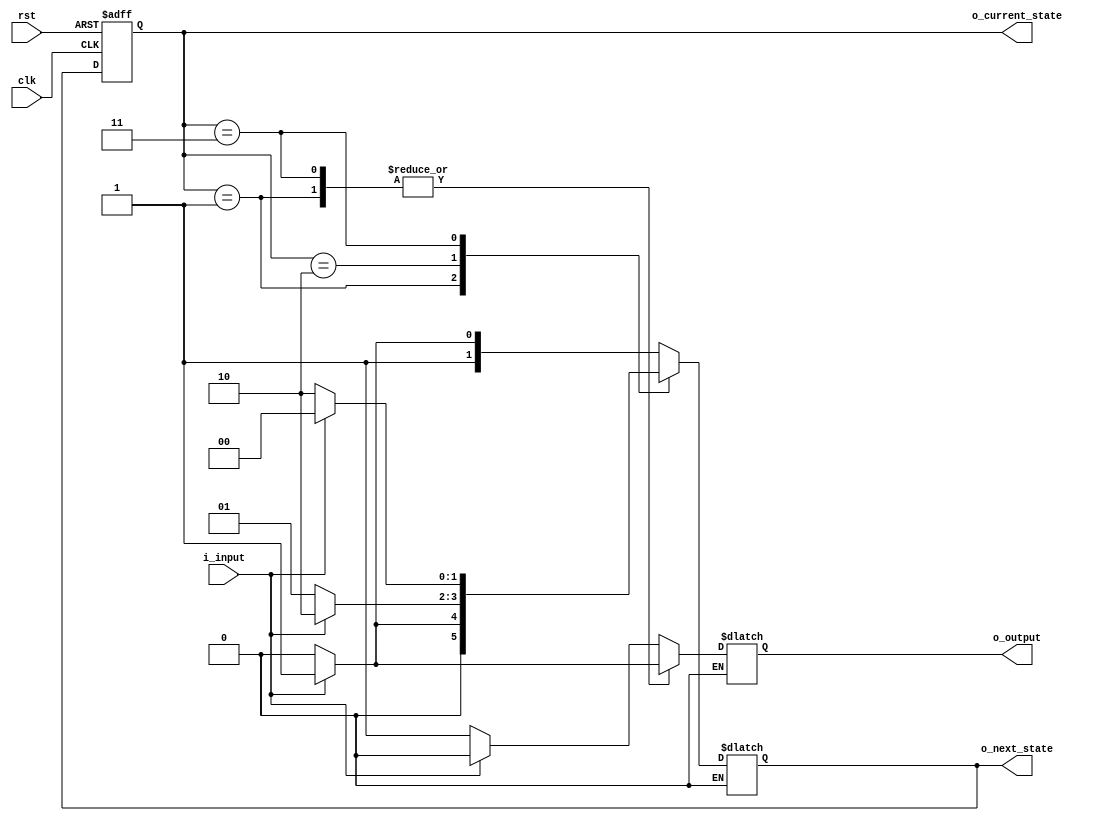
module mealy_fsm ( input wire clk,
                   input wire rst,
                   input wire i_input,
                   output reg o_output,
                   output wire [1:0] o_current_state,
                   output wire [1:0] o_next_state
                  );

  reg [1:0] current_state;
  reg [1:0] next_state;

  // Input value enumerations (constants)
  localparam  i_val_a = 1'b0;
  localparam  i_val_b = 1'b1;

  // State assignment (constants)
  localparam  STATE_P = 2'b00;
  localparam  STATE_Q = 2'b01;
  localparam  STATE_R = 2'b10;
  localparam  STATE_T = 2'b11;

  // Current state s(k) = delay[s(k+1)], where s(k+1) = next state
  always @ ( posedge clk, posedge rst ) begin
    if ( rst == 1'b1 ) begin
      current_state <= 2'b0;
    end else if ( clk == 1'b1) begin
      current_state <= next_state;
    end
  end

  assign o_current_state = current_state;
  assign o_next_state = next_state;

  // Next state s(k+1) = f[i(k), s(k)], where i(k) = current input, s(k) = current state, k = current clock cycle
  always @ ( * ) begin
    case (current_state)
      STATE_P: begin
        if (i_input == i_val_a) begin
          next_state = STATE_R;
        end else if (i_input == i_val_b) begin
          next_state = STATE_T;
        end
      end

      STATE_Q: begin
        if (i_input == i_val_a) begin
          next_state = STATE_P;
        end else if (i_input == i_val_b) begin
          next_state = STATE_Q;
        end
      end

      STATE_R: begin
        if (i_input == i_val_a) begin
          next_state = STATE_Q;
        end else if (i_input == i_val_b) begin
          next_state = STATE_R;
        end
      end

      STATE_T: begin
        if (i_input == i_val_a) begin
          next_state = STATE_R;
        end else if (i_input == i_val_b) begin
          next_state = STATE_P;
        end
      end
    endcase
  end

  // Current output O(k) = g[i(k), s(k)], where i(k) = current input, s(k) = current state, k = current clock cycle
  always @ ( * ) begin
    case (current_state)
      STATE_P: begin
        if (i_input == i_val_a) begin
          o_output = 1'b1;
        end else if (i_input == i_val_b) begin
          o_output = 1'b0;
        end
      end

      STATE_Q: begin
        if (i_input == i_val_a) begin
          o_output = 1'b0;
        end else if (i_input == i_val_b) begin
          o_output = 1'b1;
        end
      end

      STATE_R: begin
        if (i_input == i_val_a) begin
          o_output = 1'b1;
        end else if (i_input == i_val_b) begin
          o_output = 1'b0;
        end
      end

      STATE_T: begin
        if (i_input == i_val_a) begin
          o_output = 1'b0;
        end else if (i_input == i_val_b) begin
          o_output = 1'b1;
        end
      end
    endcase
  end
endmodule